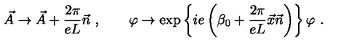
\vec { A } \to \vec { A } + \frac { 2 \pi } { e L } \vec { n } \ , \qquad \varphi \to \exp \left\{ i e \left( \beta _ { 0 } + \frac { 2 \pi } { e L } \vec { x } \vec { n } \right) \right\} \varphi \ .